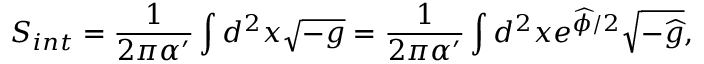
S _ { i n t } = \frac { 1 } { 2 \pi \alpha ^ { \prime } } \int d ^ { 2 } x \sqrt { - g } = \frac { 1 } { 2 \pi \alpha ^ { \prime } } \int d ^ { 2 } x e ^ { \widehat { \phi } / 2 } \sqrt { - \widehat { g } } ,